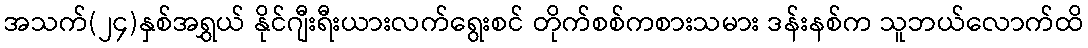
အသက်(၂၄)နှစ်အရွှယ် နိုင်ဂျီးရီးယားလက်ရွေးစင် တိုက်စစ်ကစားသမား ဒန်းနစ်က သူဘယ်လောက်ထိ